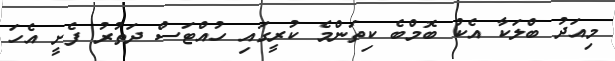
މިއަދު ބްލަކާ އެކު ބޮމްބެ ކިތަންމެ ކުރީގައި ހުއްޓަސް ދަތުރު ފެށީ އެހަ